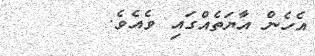
އެހެން އާޔަތެއްގައި ވެއެވެ.